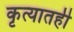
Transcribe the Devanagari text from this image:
कृत्यातही